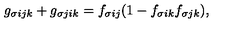
g _ { \sigma i j k } + g _ { \sigma j i k } = f _ { \sigma i j } ( 1 - f _ { \sigma i k } f _ { \sigma j k } ) ,